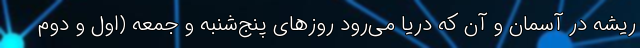
ریشه در آسمان و آن که دریا می‌رود روزهای پنج‌شنبه و جمعه (اول و دوم